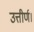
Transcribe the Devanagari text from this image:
उत्तीर्ण।